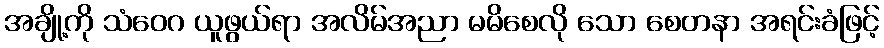
အချို့ကို သံဝေဂ ယူဖွယ်ရာ အလိမ်အညာ မမိစေလို သော စေတနာ အရင်းခံဖြင့်